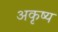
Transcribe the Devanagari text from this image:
अकृष्य